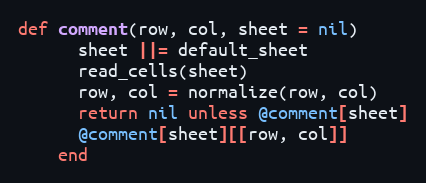
Language: Ruby
def comment(row, col, sheet = nil)
      sheet ||= default_sheet
      read_cells(sheet)
      row, col = normalize(row, col)
      return nil unless @comment[sheet]
      @comment[sheet][[row, col]]
    end